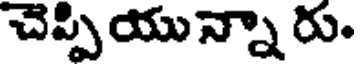
చెప్పియున్నా రు.